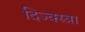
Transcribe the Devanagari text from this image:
दिज्क्स्त्रा